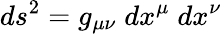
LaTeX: ds^{2}=g_{\mu\nu}\; dx^{\mu}\; dx^{\nu}